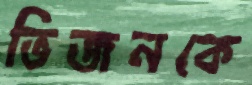
ভিজনকে